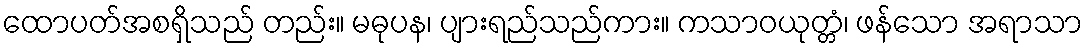
ထောပတ်အစရှိသည် တည်း။ မဓုပန၊ ပျားရည်သည်ကား။ ကသာဝယုတ္တံ၊ ဖန်သော အရာသာ